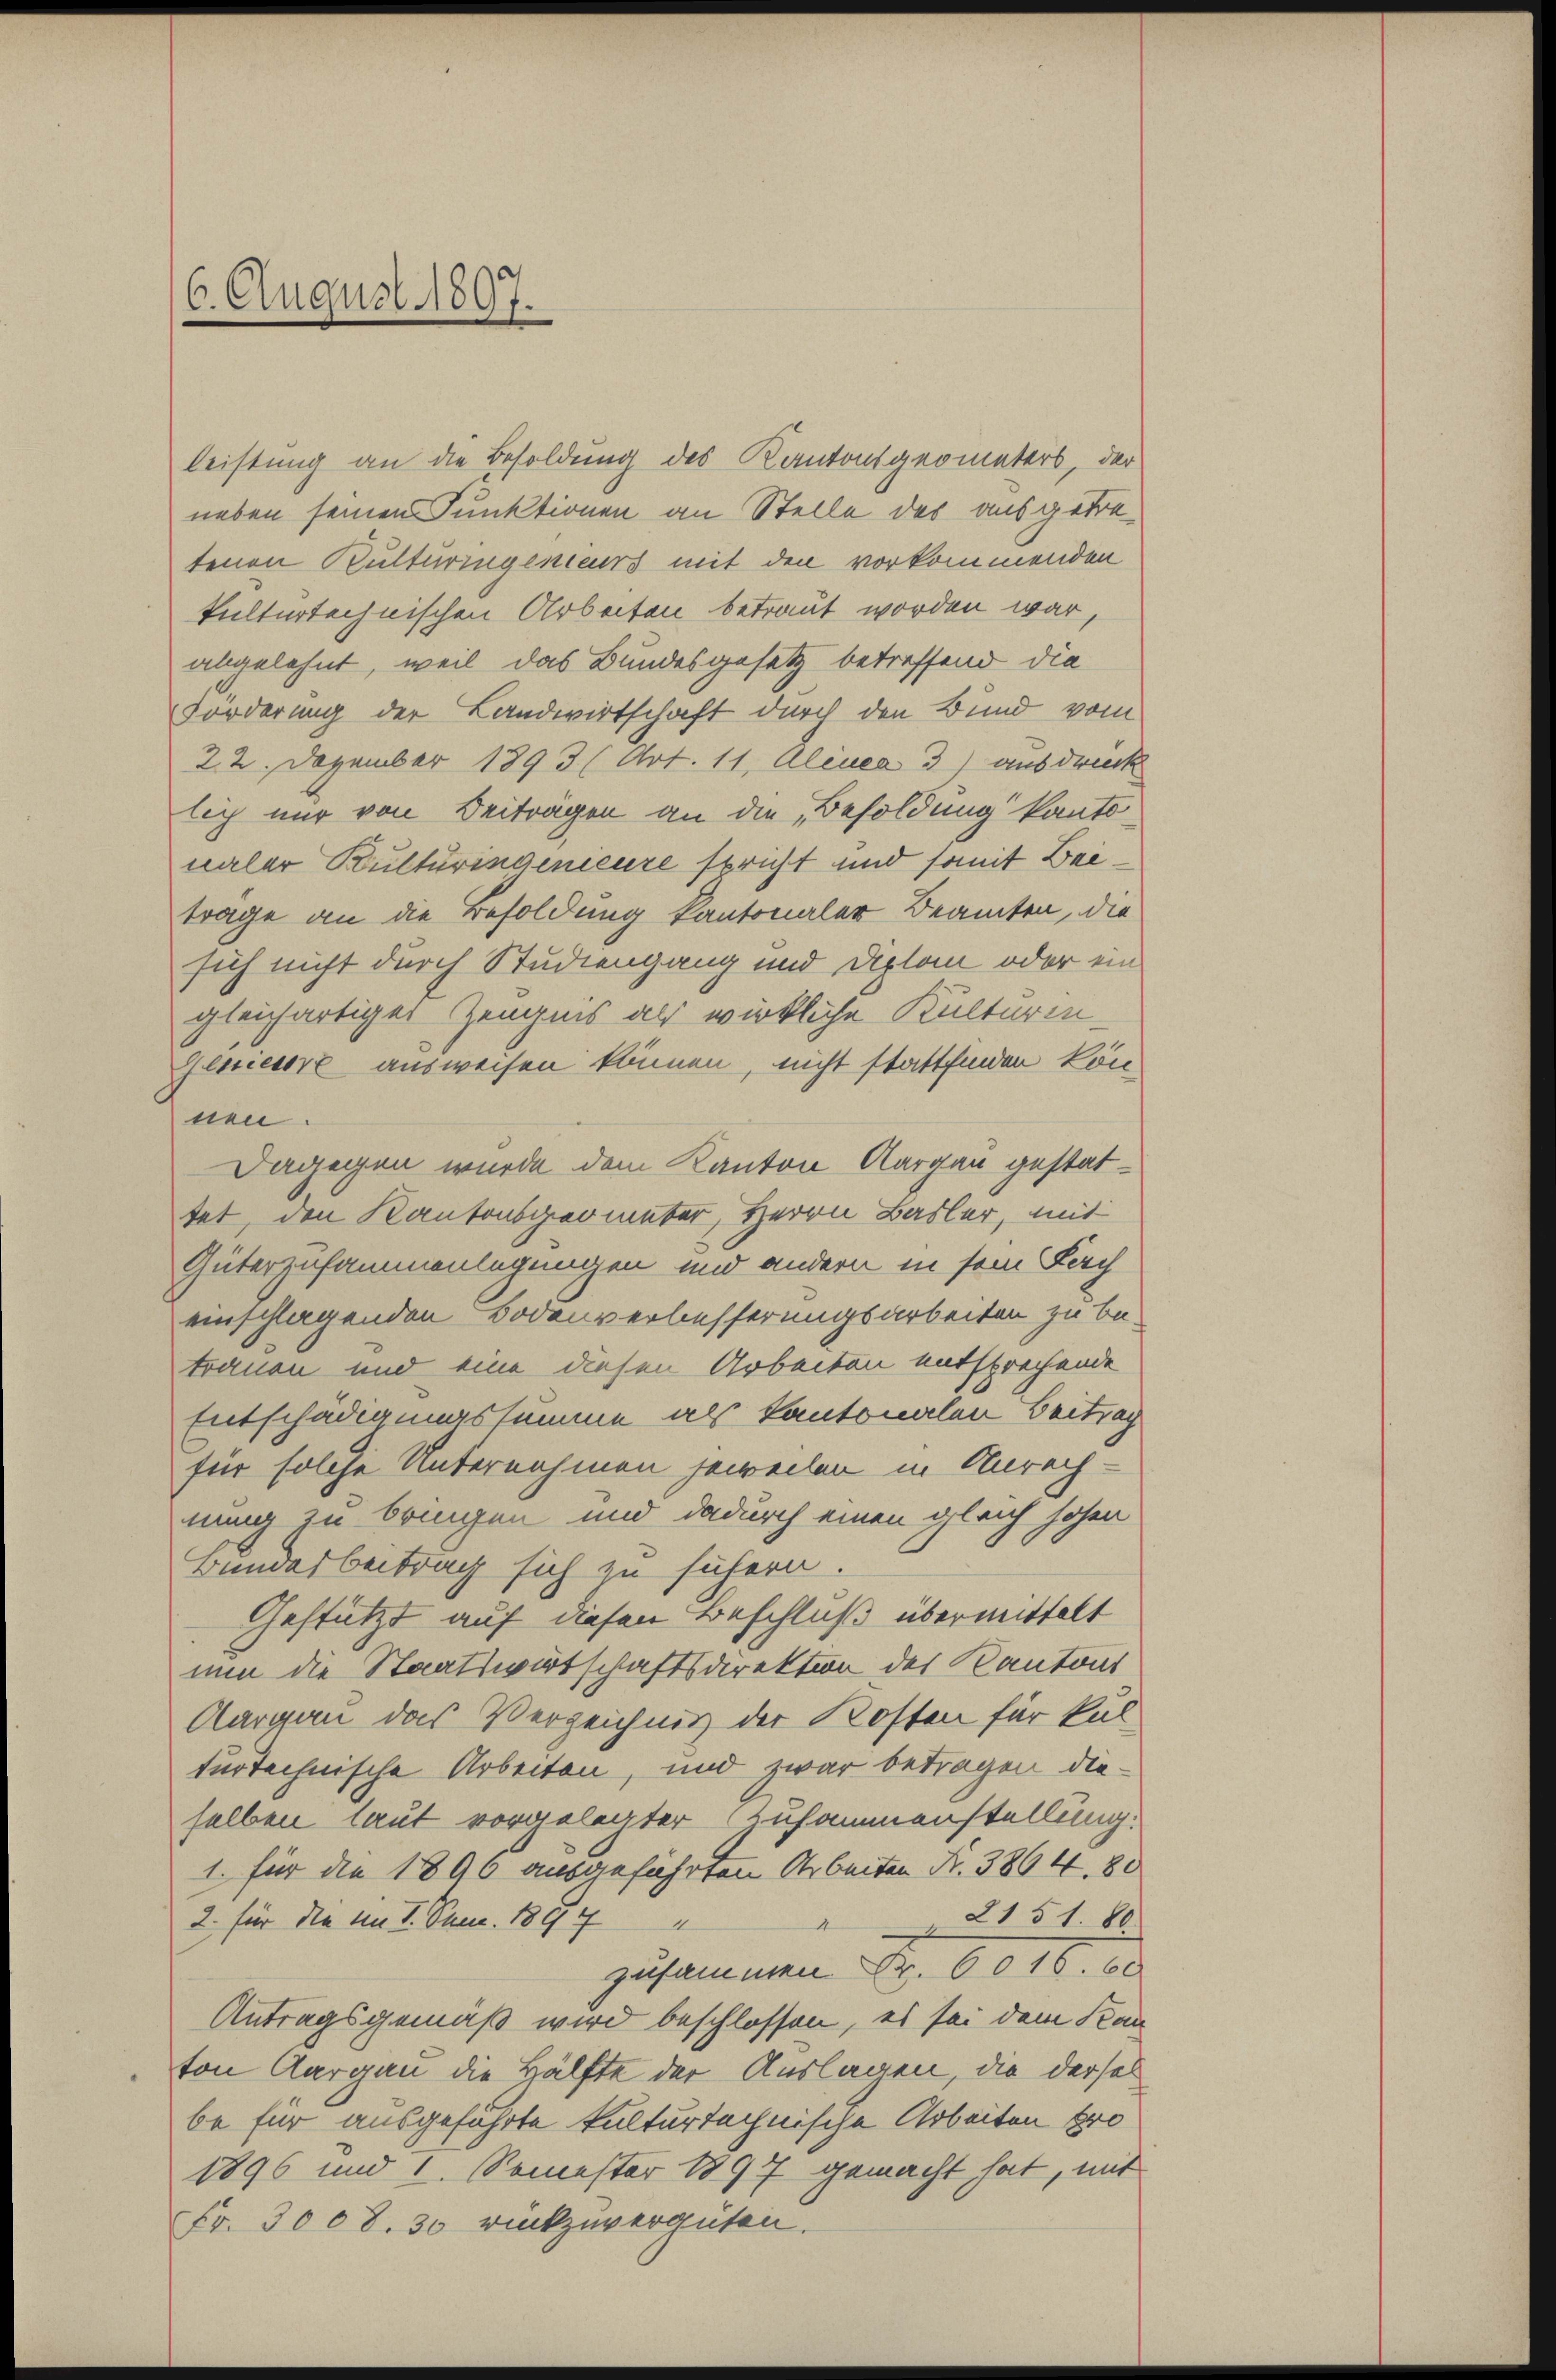
6. August 1897.

leistung an die Besoldung des Kantonsgeometers, der
neben seinen Funktionen an Stelle des ausgetretenen Kulturingenieurs mit den vorkommenden
kulturtechnischen Arbeiten betraut worden war,
abgelehnt, weil das Bundesgesetz betreffend die
Förderung der Landwirtschaft durch den Bund vom
22. Dezember 1893 (Art. 11, Alinea 3) ausdruck
lich nur von Beitragen an die „Besoldung kanto
naler Bulturingenieure spricht und somit Beitrage an die Besoldung kantonaler Beamten, die
sich nicht durch Studiengang und Diplom oder ein
gleichartiger Zeugnis als wirkliche Kulturin¬
Zessiere ausweisen können, nicht stattfinden kön-
nen.
Dagegen wurde dem Kanton Aargau gestattet, den Kantonsgeometer, Herrn Basler, mit
Güterzusammenlegungen und andern in sein Fach
einschlagenden Bodenverbesserungsarbeiten zu be-
trauen und eine diesen Arbeiten entsprechende
Entschädigungssumme als kantonalen Beitrag
für solche Unternahmen jeweilen in Anrech-
nung zu bringen und dadurch einen gleich hohen
Bundesbeitrag sich zu sichern.
Gestützt auf diesen Beschluß übermittelt
nun die Staatswirtschaftsdirektion des Kantons
Aargau das Verzeichnis der Kosten für kul
turtechnische Arbeiten, und zwar betragen dieselben laut vorgelegter Zusammenstellung.
1. für die 1890 ausgeführten Arbeiten Fr. 3864. 80
2151. 80.
2. für die am 1. San. 1897
t
zusammen Fr. 6016. 60
Antragsgemäß wird beschlossen, es sei dem Kan
ton Aargau die Hälfte der Auslagen, die dersel
be für ausgeführte kulturtechnische Arbeiten fro
1896 und 1. Semester 1897 gemacht hat, mit
Fr. 3008. 30 rückzuvergüten.